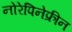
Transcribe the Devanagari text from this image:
नोरेपिनेफ्रीन